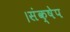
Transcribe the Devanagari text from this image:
।संक्षेप